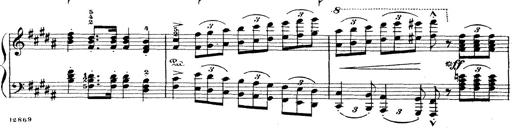
Title: Wagner-Liszt Album
Composer: Franz Liszt